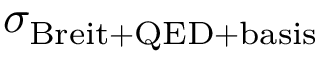
\sigma _ { \mathrm { B r e i t + Q E D + b a s i s } }